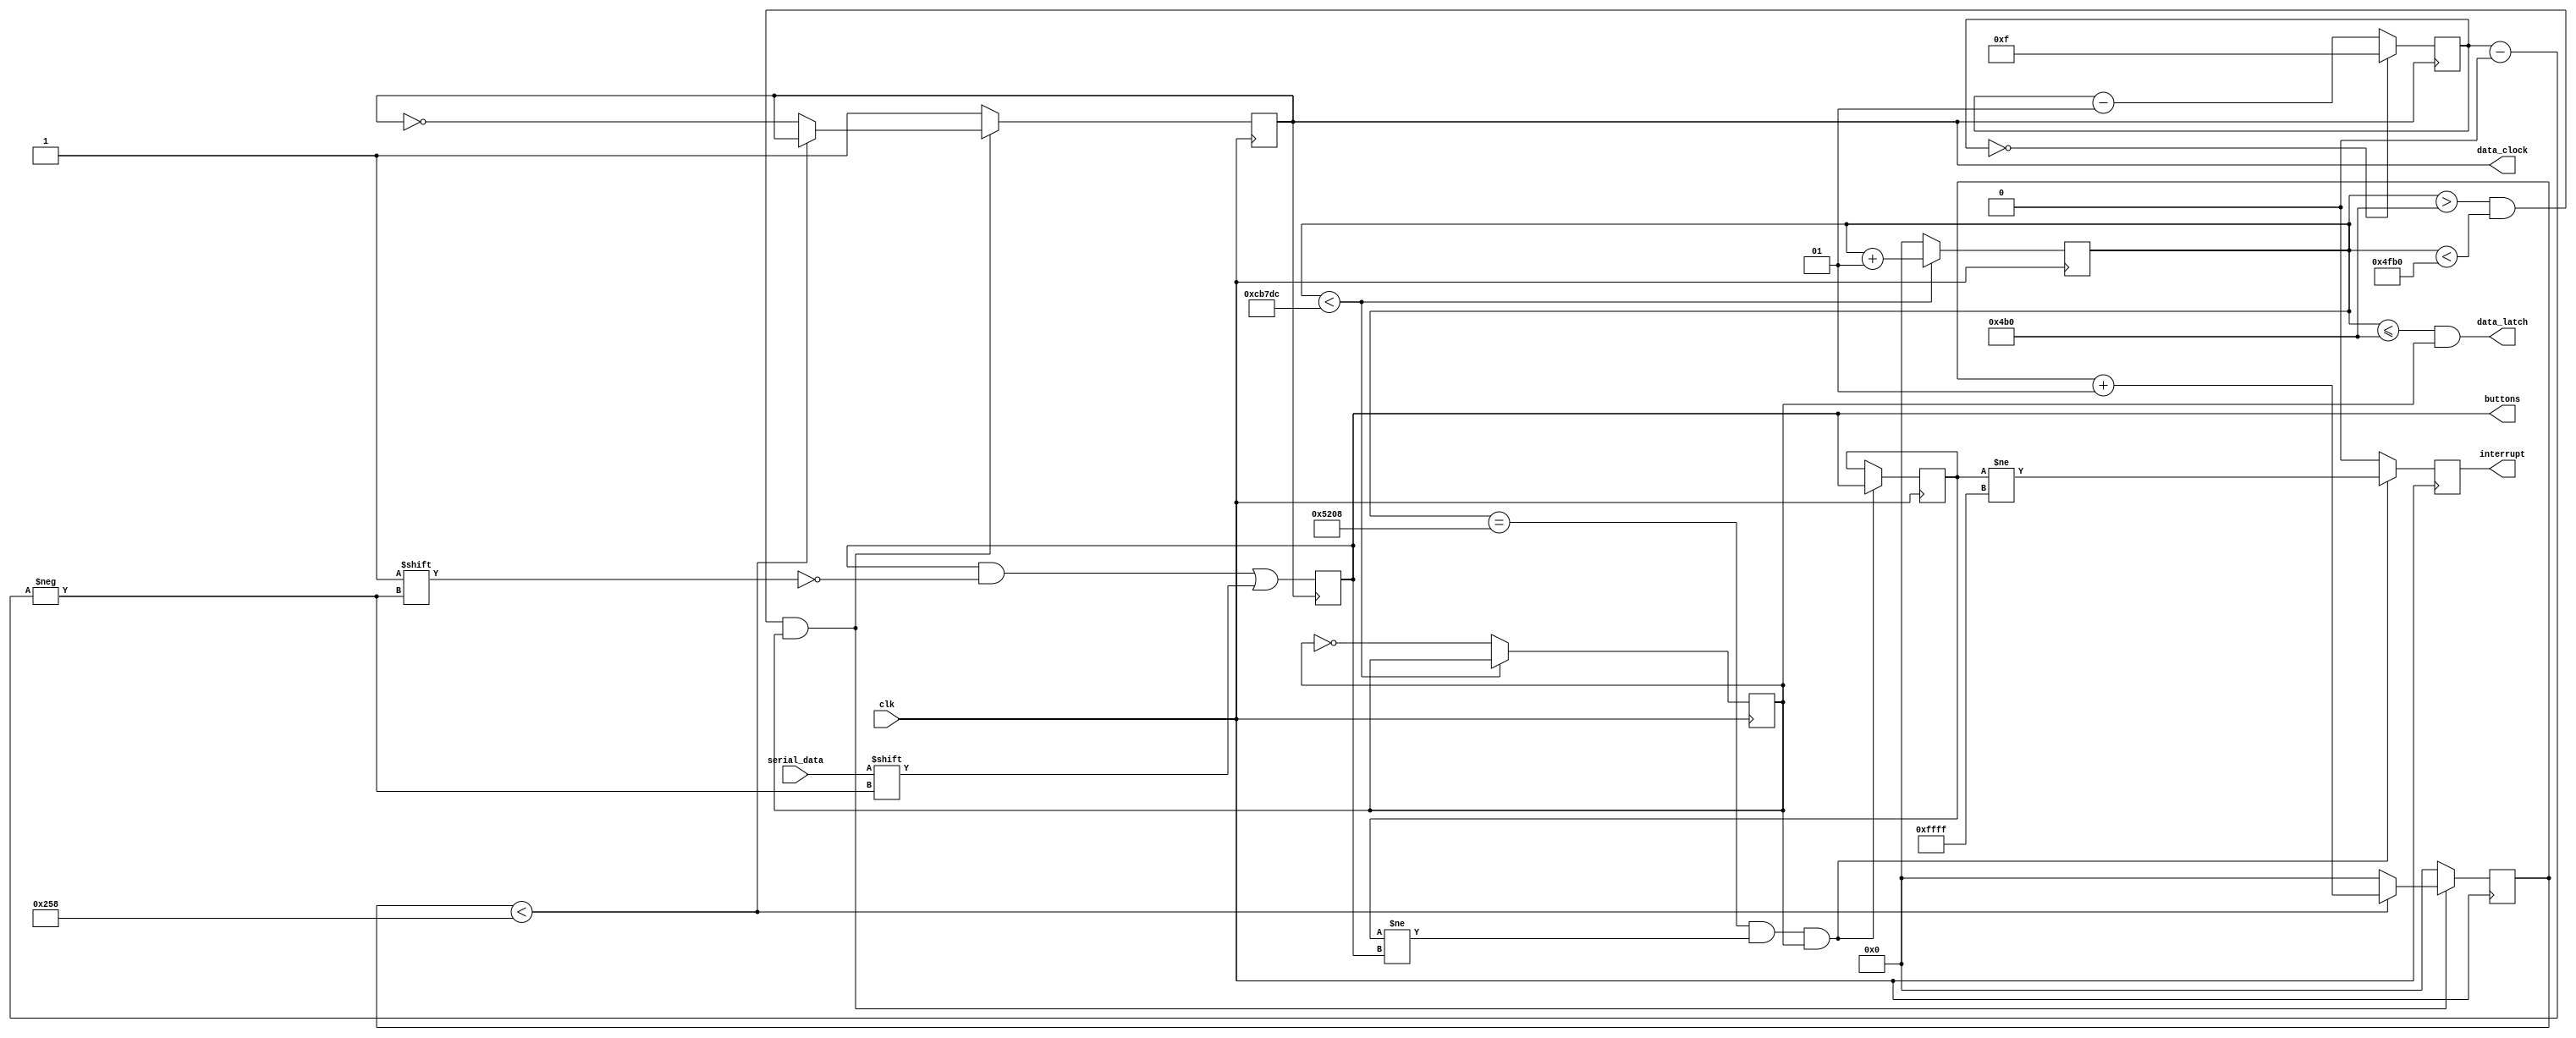
`timescale 1ns / 1ps
//////////////////////////////////////////////////////////////////////////////////
// Company: 
// Engineer: 
// 
// Design Name: 
// Module Name:    SNES_control 
// Project Name: 
// Target Devices: 
// Tool versions: 
// Description: 
//
// Dependencies: 
//
// Revision: 
// Revision 0.01 - File Created
// Additional Comments: 
//
//////////////////////////////////////////////////////////////////////////////////
module SNES_control(
						input clk,						//100MHz clock
						input  serial_data,			//signal from SNES controller
						output data_latch,			//required signal to the SNS controller
						output reg interrupt,				//interrupt pulse when a btn state changes
						output reg data_clock,		//required signal to the SNS controller
						output reg [15:0] buttons	//register that contains the buttons values
						);


reg clk_60;
reg [15:0] old_reg;
wire data_clk_en; //signal which enables data_clock to the controller
integer i, count_60, count_6us;

initial
begin
	interrupt 	= 1'b0;
	data_clock 	= 1'b1;
	buttons 		= 16'hFFFF;
	old_reg 		= 16'hFFFF;    
   i				= 15;
   count_60		= 0;
   count_6us	= 0;
   clk_60 		= 1'b0;
end

//clock 60Hz divider
always@(posedge clk)
begin
	if(count_60<833500)  //period 16.67ms
		count_60=count_60+1;    
   else
   begin
		clk_60 =~clk_60;
		count_60=0; 
	end
end

assign data_latch = (count_60<=1200 & clk_60); //12us wide pulse every 60Hz
assign data_clk_en = (count_60>1200 & count_60<20400  & clk_60); //interval for 16 pulses

always@(posedge clk)
begin
	if(data_clk_en) 
	begin
		if(count_6us<600)
			count_6us<=count_6us+1; //16x 12us-wide-50%-duty pulses
		else
		begin
			data_clock<=~data_clock;
			count_6us<=0;
		end
	end
	else //just to ensure
	begin
		count_6us<=0;
		data_clock<=1'b1;    
	end
	
	if(count_60==21000 && old_reg!=buttons && clk_60)
	begin
		old_reg<=buttons;
		interrupt <= old_reg != 16'hFFFF;
	end
	else
		interrupt <= 1'b0;
end

always@(negedge data_clock)
begin
	//initial i=15
	buttons[i]=serial_data;
	if(i==0)
		i=15;
	else
		i=i-1;
end


endmodule